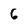
Character: 6